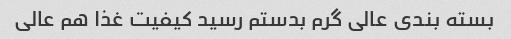
بسته بندی عالی گرم بدستم رسید کیفیت غذا هم عالی